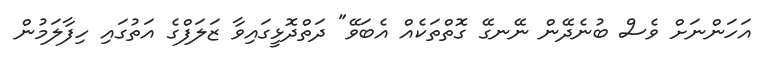
އަހަންނަށް ވެސް ބުނެދޭން ނޭނގޭ ގޮތްތަކެއް އެބަވޭ" ދަތްދޮޅީގައިވާ ޒަލަފްގެ އަތުގައި ހިފާލަމުން